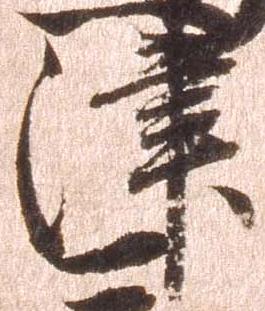
津